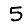
Digit: 5